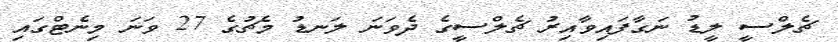
ޗެލްސީ ލީޑު ނަގާފައިވާއިރު ޗެލްސީގެ ދެވަނަ ލަނޑު މެޗުގެ 27 ވަނަ މިނެޓްގައި